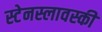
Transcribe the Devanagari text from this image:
स्टेनस्लावस्की